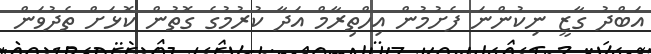
އަބްދު ގާޒީ ނިކުންނަ ފެށުމުން އިހްތިރާމް އަދާ ކުރުމުގެ ގޮތުން ކޮޅަށް ތެދުވަން